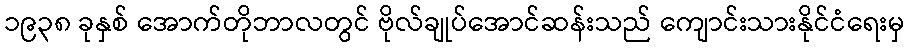
၁၉၃၈ ခုနှစ် အောက်တိုဘာလတွင် ဗိုလ်ချုပ်အောင်ဆန်းသည် ကျောင်းသားနိုင်ငံရေးမှ